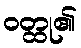
ဝတ္ထု၏